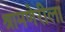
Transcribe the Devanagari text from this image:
श्रामणेरीला